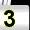
Digit: 3